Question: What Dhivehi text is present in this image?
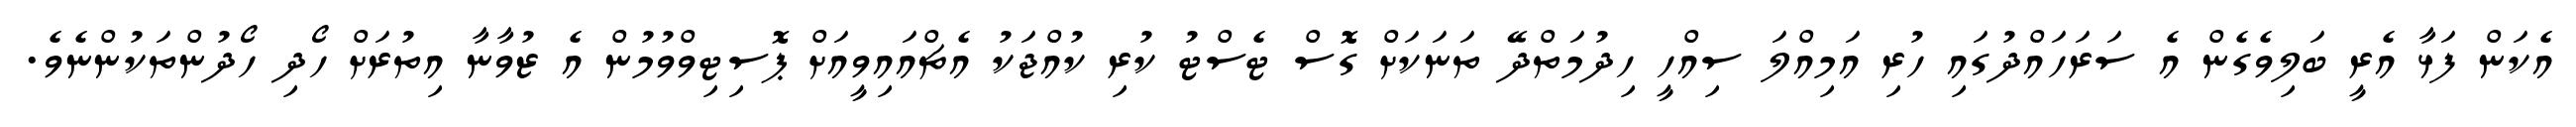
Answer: އެކަން ފަޅާ އެރީ ބަލިވެގެން އެ ސަރަހައްދުގައި ހުރި އަމިއްލަ ސިއްހީ ހިދުމަތްދޭ ތަނަކަށް ގޮސް ޓެސްޓު ކުރި ކުއްޖަކު އެޗްއައިވީއަށް ޕޮސިޓިވްވުމުން އެ ޒުވާނާ އިތުރަށް ހޯދި ހޯދުންތަކުންނެވެ.